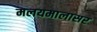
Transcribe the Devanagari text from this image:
मलयमालासर